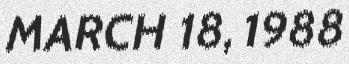
MARCH 18, 1988